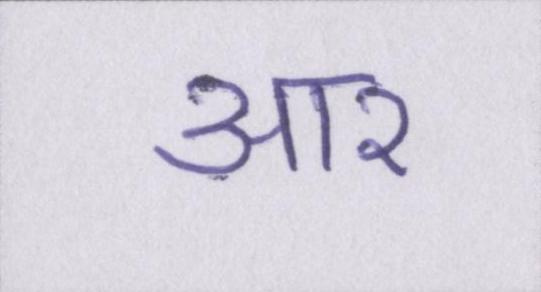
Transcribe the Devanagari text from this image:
आर